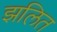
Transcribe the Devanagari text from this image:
झलित